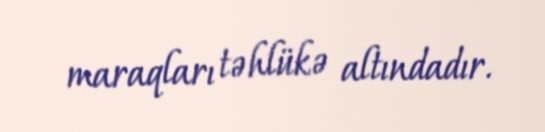
maraqları təhlükə altındadır.